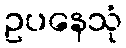
ဥပနေသုံ